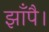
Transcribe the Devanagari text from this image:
झाँपै।